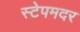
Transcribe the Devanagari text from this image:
स्टेपमदर